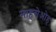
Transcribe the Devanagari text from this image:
माहसेओह